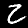
Label: 2